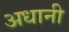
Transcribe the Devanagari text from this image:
अधानी